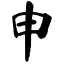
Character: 申